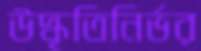
উদ্ধৃতিনির্ভর